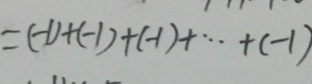
= ( - 1 ) + ( - 1 ) + ( - 1 ) + \cdots + ( - 1 )